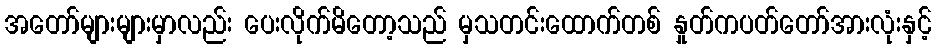
အတော်များများမှာလည်း ပေးလိုက်မိတော့သည် မှသတင်းထောက်တစ် နှုတ်ကပတ်တော်အားလုံးနှင့်